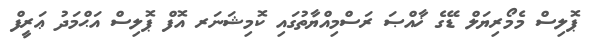
ޕޮލިސް މެމޯރިޔަލް ޑޭގެ ޚާއްޞަ ރަސްމިއްޔާތުގައި ކޮމިޝަނަރ އޮފް ޕޮލިސް އަޙްމަދު ޢަރީފް